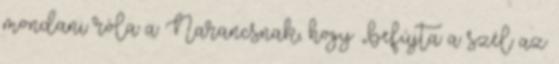
mondani róla a Narancsnak, hogy „befújta a szél az